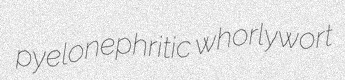
pyelonephritic whorlywort